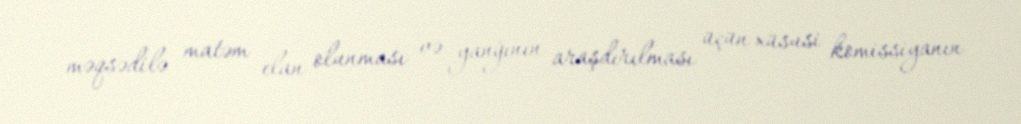
məqsədilə matəm elan olunması və yanğının araşdırılması üçün xüsusi komissiyanın